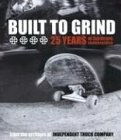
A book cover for Built to Grind: 25 Years of Hardcore Skateboarding; Independent Truck Company; Sports & Outdoors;